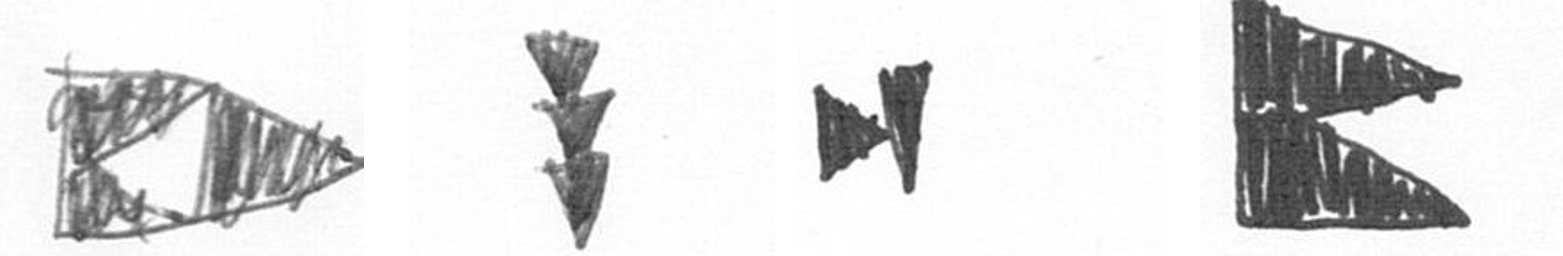
K E M P